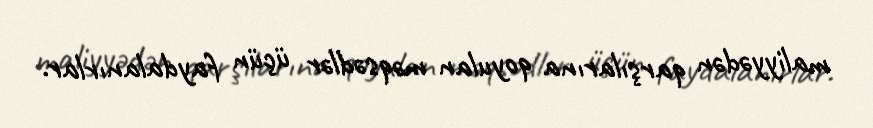
maliyyədən qarşılarına qoyulan məqsədlər üçün faydalanırlar.